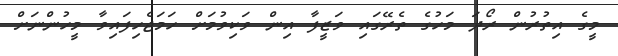
މީގެ އިތުރުން ރޯދަ މަހުގެ ތެރޭގައި ވަޒީފާ އިން ވަކިވުމަށް ހަމަޖެހިފައިވާ މީހުންނަށް